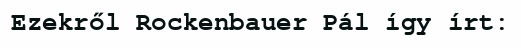
Ezekről Rockenbauer Pál így írt: